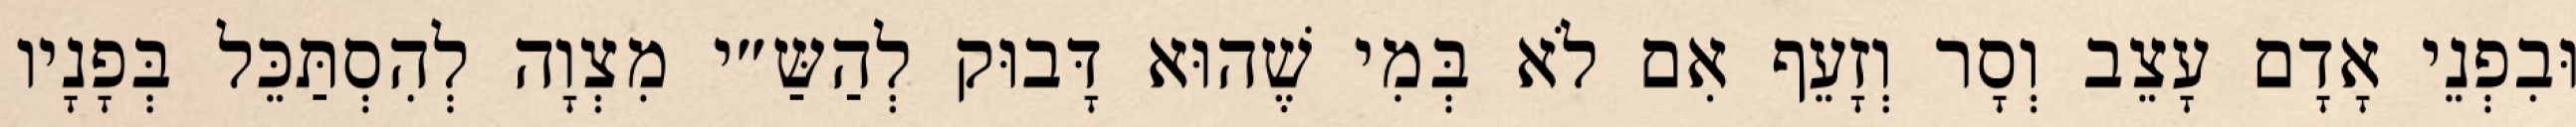
וּבִפְנֵי אָדָם עָצֵב וְסָר וְזָעֵף אִם לֹא בְּמִי שֶׁהוּא דָּבוּק לְהַשַּ״י מִצְוָה לְהִסְתַּכֵּל בְּפָנָיו